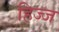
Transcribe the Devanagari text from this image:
हिज्ज